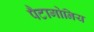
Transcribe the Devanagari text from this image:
पैटागोनिय